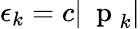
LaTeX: \epsilon_{k}=c|\mathrm{~\mathbf~p~}_{k}|